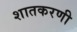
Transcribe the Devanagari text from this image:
शातकरणी